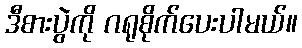
ဒီစားပွဲကို ဂရုစိုက်ပေးပါမယ်။